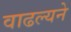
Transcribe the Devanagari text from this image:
वाढल्यने